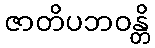
ဇာတိပဘဝန္တိ